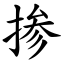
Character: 掺